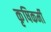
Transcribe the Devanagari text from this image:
कृषिकर्मी